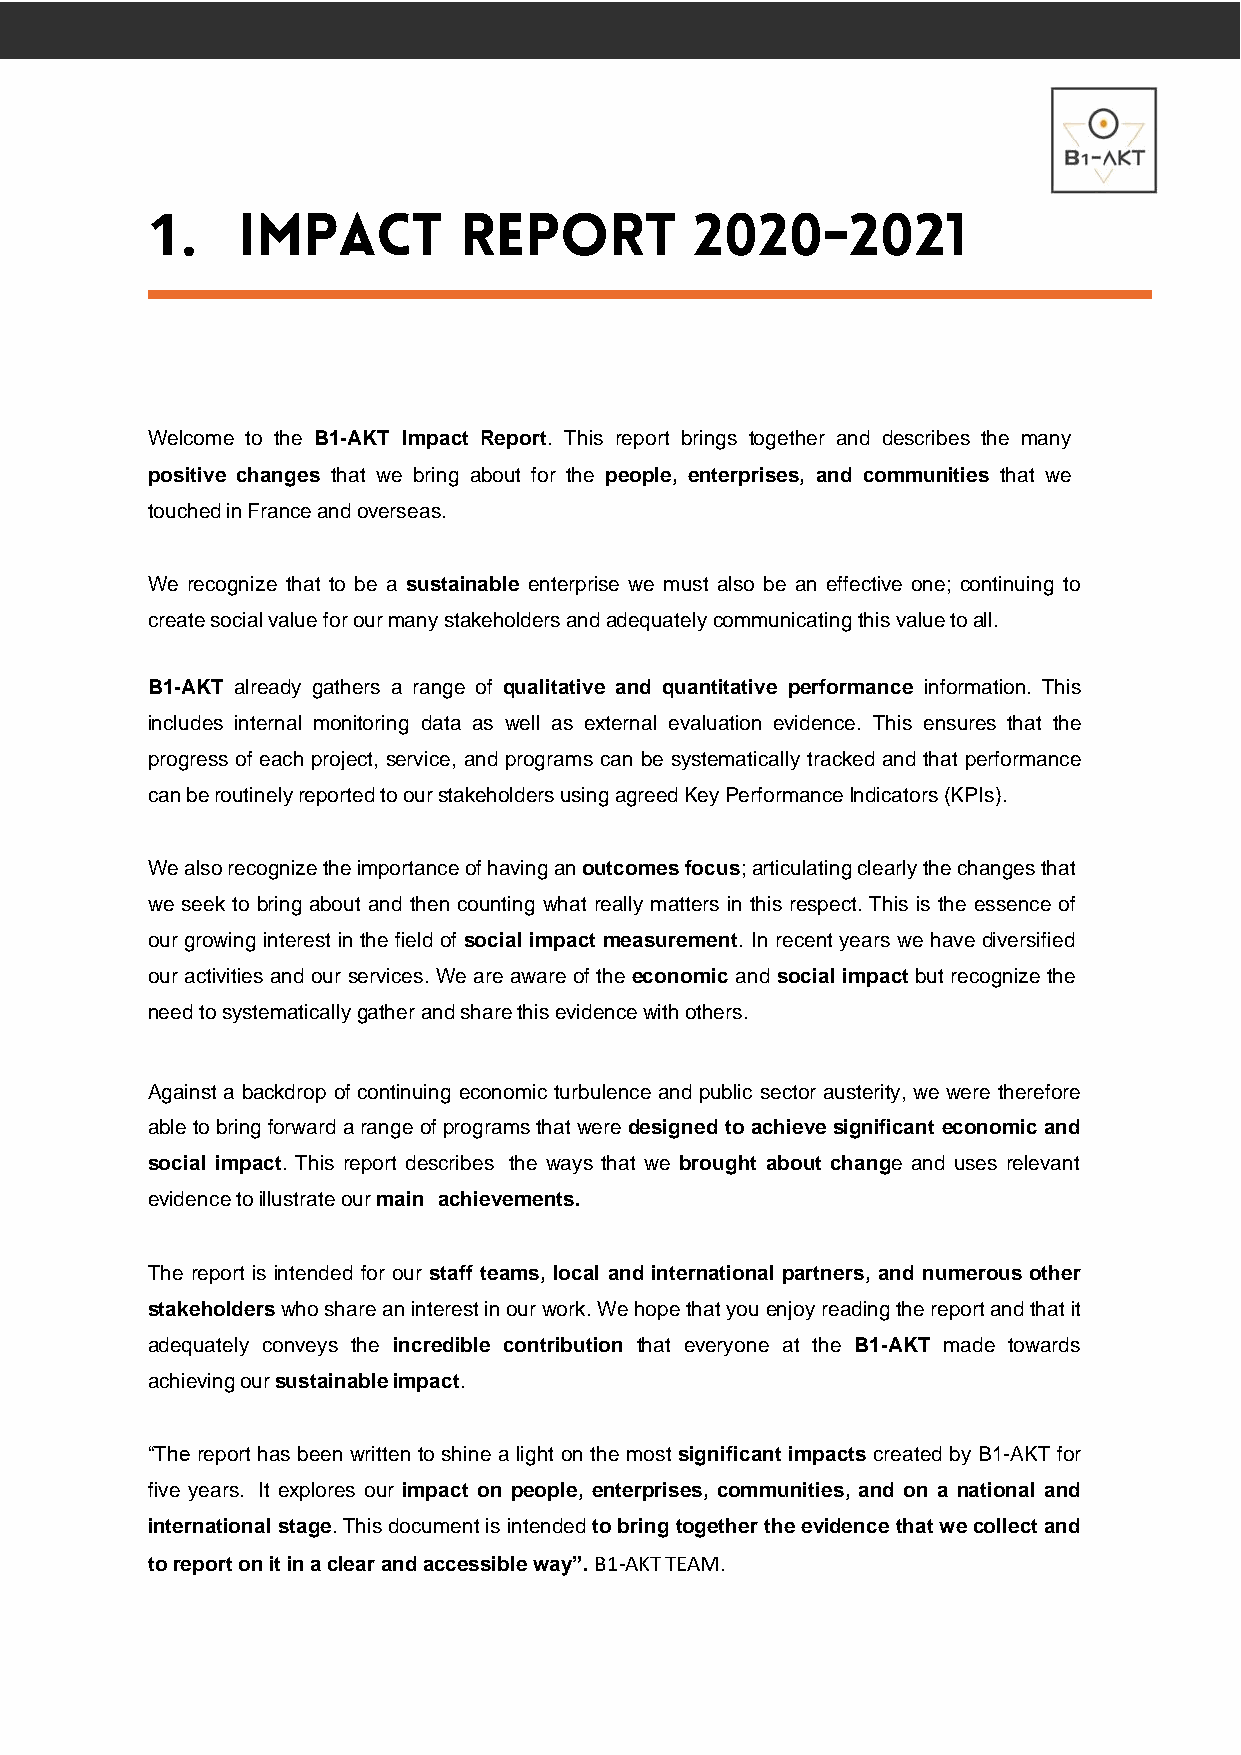
1.
 Welcome to the B1-AKT Impact Report. This report brings together and describes the many
 positive changes that we bring about for the people, enterprises, and communities that we
 touched in France and overseas.
 We recognize that to be a sustainable enterprise we must also be an effective one; continuing to
 create social value for our many stakeholders and adequately communicating this value to all.
 B1-AKT already gathers a range of qualitative and quantitative performance information. This
 includes internal monitoring data as well as external evaluation evidence. This ensures that the
 progress of each project, service, and programs can be systematically tracked and that performance
 can be routinely reported to our stakeholders using agreed Key Performance Indicators (KPIs).
 We also recognize the importance of having an outcomes focus; articulating clearly the changes that
 we seek to bring about and then counting what really matters in this respect. This is the essence of
 our growing interest in the field of social impact measurement. In recent years we have diversified
 our activities and our services. We are aware of the economic and social impact but recognize the
 need to systematically gather and share this evidence with others.
 Against a backdrop of continuing economic turbulence and public sector austerity, we were therefore
 able to bring forward a range of programs that were designed to achieve significant economic and
 social impact. This report describes the ways that we brought about change and uses relevant
 evidence to illustrate our main achievements.
 The report is intended for our staff teams, local and international partners, and numerous other
 stakeholders who share an interest in our work. We hope that you enjoy reading the report and that it
 adequately conveys the incredible contribution that everyone at the B1-AKT made towards
 achieving our sustainable impact.
 “The report has been written to shine a light on the most significant impacts created by B1-AKT for
 five years. It explores our impact on people, enterprises, communities, and on a national and
 international stage. This document is intended to bring together the evidence that we collect and
 to report on it in a clear and accessible way”. B1-AKT TEAM.